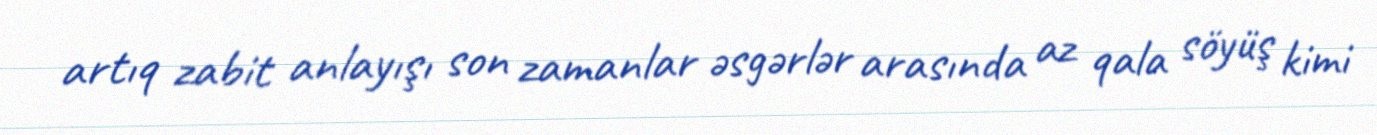
artıq zabit anlayışı son zamanlar əsgərlər arasında az qala söyüş kimi